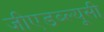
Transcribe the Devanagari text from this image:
जीएडब्ल्यूसी